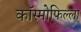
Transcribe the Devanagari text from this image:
कॉस्मोफिल्ला